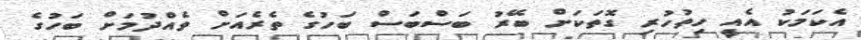
އެކަމަކު އެއީ ހިތުހުރި ގޮތަކަށް ބޭރު ބަސްބަސް ބަހުގެ ތެރެއަށް ވެއްދުމަށް ބަހުގެ